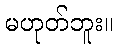
မဟုတ်ဘူး။